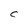
Character: C